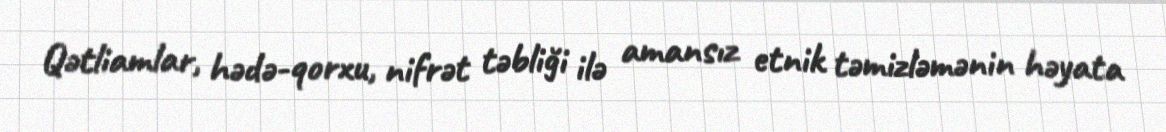
Qətliamlar, hədə-qorxu, nifrət təbliği ilə amansız etnik təmizləmənin həyata